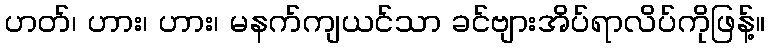
ဟတ်၊ ဟား၊ ဟား၊ မနက်ကျယင်သာ ခင်ဗျားအိပ်ရာလိပ်ကိုဖြန့်။